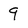
Character: 9